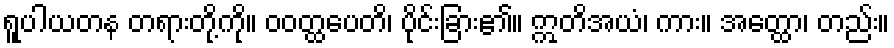
ရူပါယတန တရားတို့ကို။ ဝဝတ္ထပေတိ၊ ပိုင်းခြား၏။ ဣတိအယံ၊ ကား။ အတ္ထော၊ တည်း။